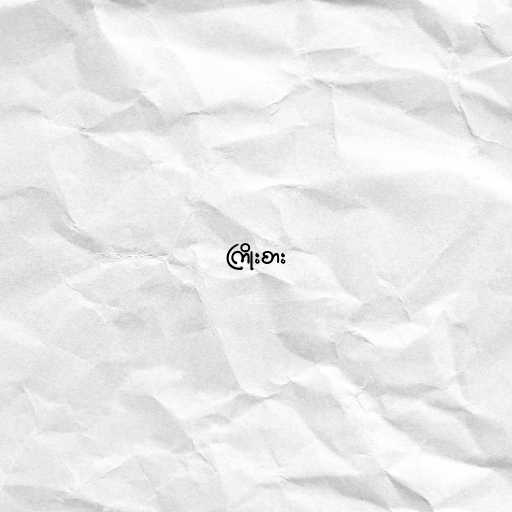
ကြိုးစား